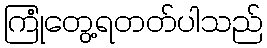
ကြုံတွေ့ရတတ်ပါသည်